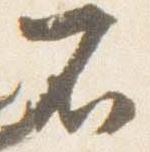
不